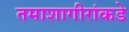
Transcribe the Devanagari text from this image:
तमाशागीरांकडे